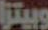
وبيتزا